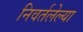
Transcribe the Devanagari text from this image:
निवर्तलेल्या